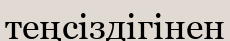
теңсіздігінен